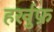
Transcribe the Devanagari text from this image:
हर्खुफ़